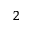
^ 2